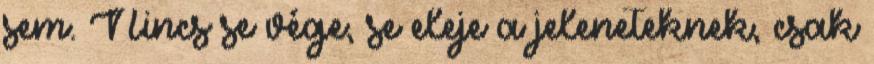
sem. Nincs se vége, se eleje a jeleneteknek, csak